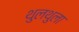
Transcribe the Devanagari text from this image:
थुलथुला